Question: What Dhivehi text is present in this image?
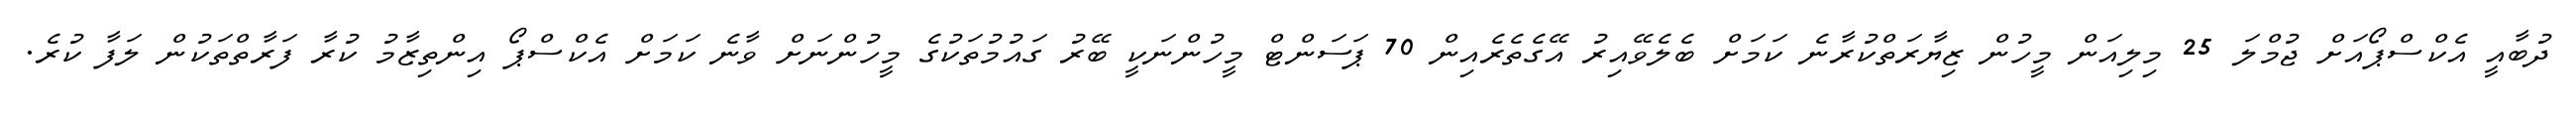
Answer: ދުބާއީ އެކްސްޕޯއަށް ޖުމްލަ 25 މިލިއަން މީހުން ޒިޔާރަތްކުރާނެ ކަމަށް ބެލެވޭއިރު އޭގެތެރެއިން 70 ޕަސަންޓް މީހުންނަކީ ބޭރު ގައުމުތަކުގެ މީހުންނަށް ވާނެ ކަމަށް އެކްސްޕޯ އިންތިޒާމު ކުރާ ފަރާތްތަކުން ލަފާ ކުރެ.